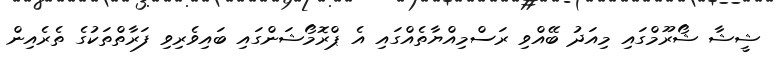
ޝީޝާ ޝޯރޫމްގައި މިއަދު ބޭއްވި ރަސްމިއްޔާތެއްގައި އެ ޕްރޮމޯޝަންގައި ބައިވެރިވި ފަރާތްތަކުގެ ތެރެއިން